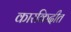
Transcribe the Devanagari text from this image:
कारकिदीत